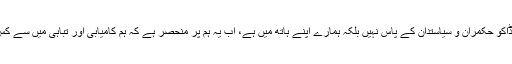
اب گیند کسی چور اور ڈاکو حکمران و سیاستدان کے پاس نہیں بلکہ ہمارے اپنے ہاتھ میں ہے، اب یہ ہم پر منحصر ہے کہ ہم کامیابی اور تباہی میں سے کس کا انتخاب کرتے ہیں۔